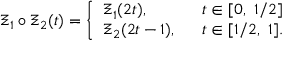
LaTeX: \Xi _ { 1 } \circ \Xi _ { 2 } ( t ) = \left\{ \begin{array} { l l } { { \Xi _ { 1 } ( 2 t ) , } } & { { t \in [ 0 , \ 1 / 2 ] } } \\ { { \Xi _ { 2 } ( 2 t - 1 ) , \ \ } } & { { t \in [ 1 / 2 , \ 1 ] . } } \end{array} \right.